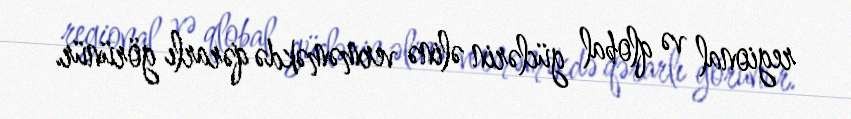
regional və qlobal güclərin əlinə verməməkdə qərarlı görünür.